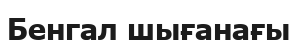
Бенгал шығанағы